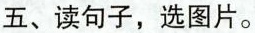
五、读句子,选图片。